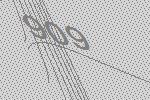
909